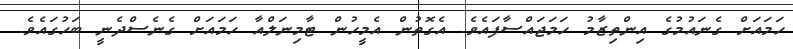
ހަމައަށް ގެނައުމުގެ އިންތިޒާމު ހަމަޖައްސާފައެވެ. އެގޮތުން އެމީހުން ޓާމިނަލްއާ ހަމައަށް ގެނެސްދެނީ ބަހުގައެވެ.